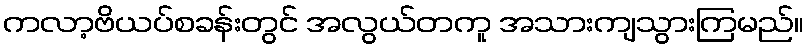
ကလာ့ဗိယပ်စခန်းတွင် အလွယ်တကူ အသားကျသွားကြမည်။